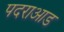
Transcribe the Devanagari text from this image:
पदराआड